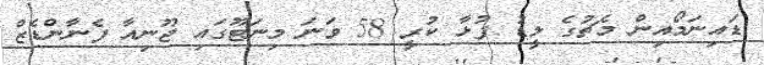
ޑައިނަމޯއިން މެޗުގެ ލީޑު ފުޅާ ކުރީ 58 ވަނަ މިނަޓޫގައި ޖޫނިއާ ފެނާންޑެޒް